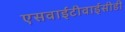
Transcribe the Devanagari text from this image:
एसवाईटीवाईसीडी